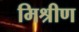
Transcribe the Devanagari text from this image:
मिश्रीण